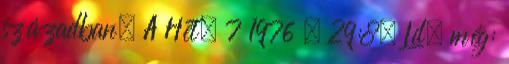
században. A Hét. 7 1976 . 29:8. Ld. még: